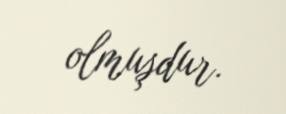
olmuşdur.